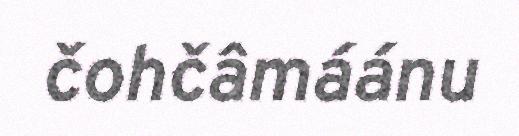
čohčâmáánu